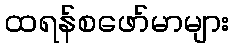
ထရန်စဖော်မာများ